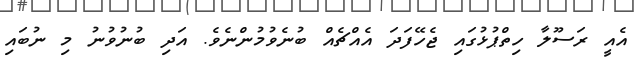
އެއީ ރަސޫލާ ހިތްޕުޅުގައި ޖެހޭފަދަ އެއްޗެއް ބުނެވުމުންނެވެ. އަދި ބުނުވުނު މި ނުބައި